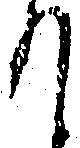
て